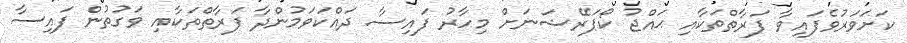
ކަށަވަރުވެފައިވާ ފަރާތްތަކާއި ޙައްޖު ކޯޕަރޭޝަނަށް މިހާރު ފައިސާ ދައްކަވަމުންދާ ފަރާތްތަކާއި ވަގުތުން ފައިސާ